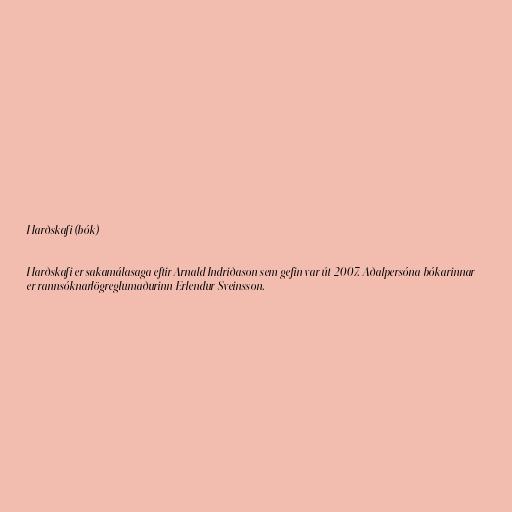
Harðskafi (bók)

Harðskafi er sakamálasaga eftir Arnald Indriðason sem gefin var út 2007. Aðalpersóna bókarinnar
er rannsóknarlögreglumaðurinn Erlendur Sveinsson.